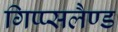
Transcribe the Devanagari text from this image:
गिप्प्सलैण्ड